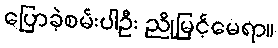
ပြောခဲ့စမ်းပါဦး ညိုမြင့်မေရာ။